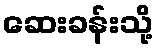
ဆေးခန်းသို့